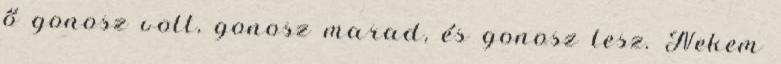
ő gonosz volt, gonosz marad, és gonosz lesz. Nekem